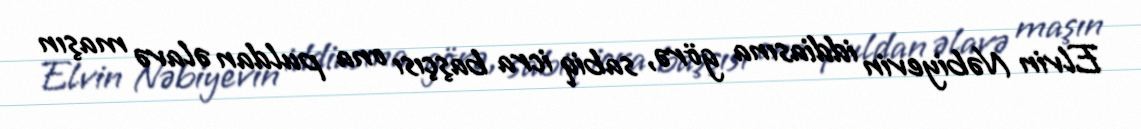
Elvin Nəbiyevin iddiasına görə, sabiq icra başçısı ona puldan əlavə maşın